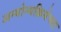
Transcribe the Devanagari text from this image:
अन्योन्यक्रियेच्या